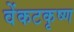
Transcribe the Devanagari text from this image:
वेंकटकृष्ण